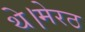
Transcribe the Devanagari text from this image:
थे।मेरठ